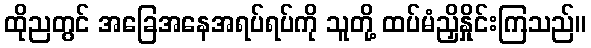
ထိုညတွင် အခြေအနေအရပ်ရပ်ကို သူတို့ ထပ်မံညှိနှိုင်းကြသည်။